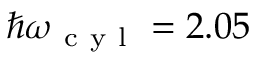
\hbar \omega _ { \mathrm { ~ c ~ y ~ l ~ } } = 2 . 0 5